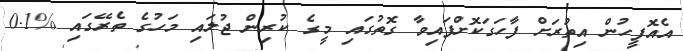
އެއޮފީހުން އިތުރަށް ފާހަގަކޮށްފައިވާ ގޮތުގައި މީގެ ކުރިން ޖުލައި މަހުގެ ތެރޭގައި %0.1